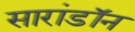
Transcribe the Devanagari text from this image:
सारांडॉन